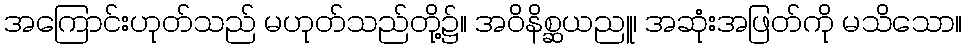
အကြောင်းဟုတ်သည် မဟုတ်သည်တို့၌။ အဝိနိစ္ဆယညူ၊ အဆုံးအဖြတ်ကို မသိသော။